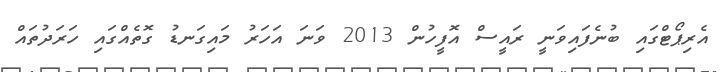
އެރިޕޯޓްގައި ބުނެފައިވަނީ ރައީސް އޮފީހުން 2013 ވަނަ އަހަރު މައިގަނޑު ގޮތެއްގައި ހަރަދުތައް